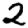
Digit: 2